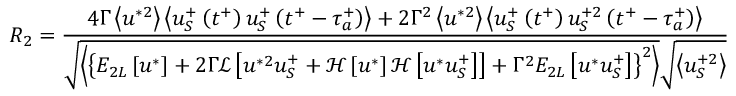
R _ { 2 } = \frac { 4 \Gamma \left< u ^ { * 2 } \right> \left< u _ { S } ^ { + } \left( t ^ { + } \right) u _ { S } ^ { + } \left( t ^ { + } - \tau _ { a } ^ { + } \right) \right> + 2 \Gamma ^ { 2 } \left< u ^ { * 2 } \right> \left< u _ { S } ^ { + } \left( t ^ { + } \right) u _ { S } ^ { + 2 } \left( t ^ { + } - \tau _ { a } ^ { + } \right) \right> } { \sqrt { \left< \left\{ E _ { 2 L } \left[ u ^ { * } \right] + 2 \Gamma \mathcal { L } \left[ u ^ { * 2 } u _ { S } ^ { + } + \mathcal { H } \left[ u ^ { * } \right] \mathcal { H } \left[ u ^ { * } u _ { S } ^ { + } \right] \right] + \Gamma ^ { 2 } E _ { 2 L } \left[ u ^ { * } u _ { S } ^ { + } \right] \right\} ^ { 2 } \right> } \sqrt { \left< u _ { S } ^ { + 2 } \right> } }